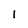
Character: I